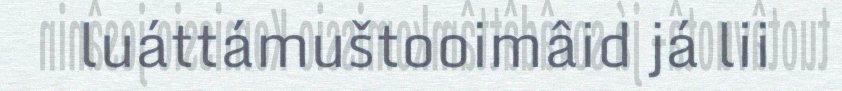
luáttámuštooimâid já lii